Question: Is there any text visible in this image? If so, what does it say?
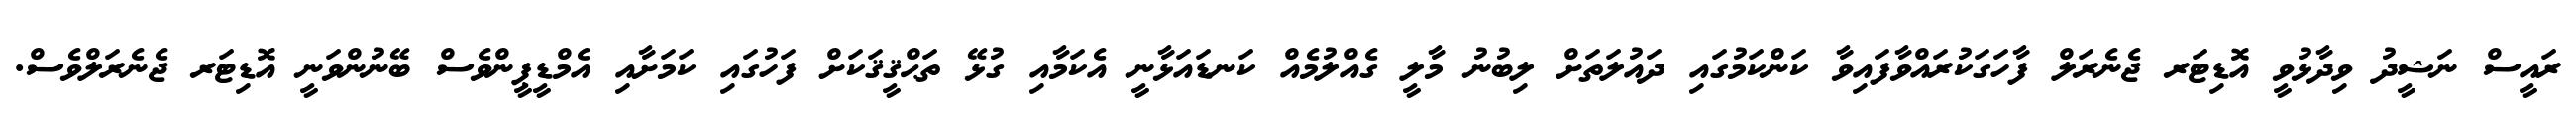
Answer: ރައީސް ނަޝީދު ވިދާޅުވީ އޮޑިޓަރ ޖެނެރަލް ފާހަގަކުރައްވާފައިވާ ކަންކަމުގައި ދައުލަތަށް ލިބުނު މާލީ ގެއްލުމެއް ކަނޑައަޅާނީ އެކަމާއި ގުޅޭ ތަޙްޤީޤަކަށް ފަހުގައި ކަމަށާއި އެމްޑީޕީންވެސް ބޭނުންވަނީ އޮޑިޓަރ ޖެނެރަލްވެސް.